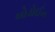
બોડોઈન